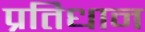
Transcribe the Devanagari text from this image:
प्रतिधान